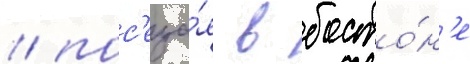
/ пос'еща́я в босто́н'е